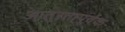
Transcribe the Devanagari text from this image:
आतुरतापूर्वक